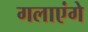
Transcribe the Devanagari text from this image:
गलाएंगे